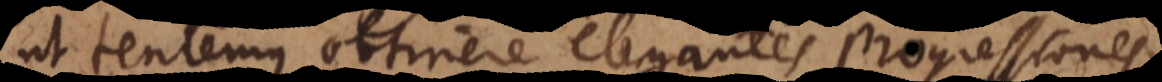
t tentemus obtinere elegantes progressiones,